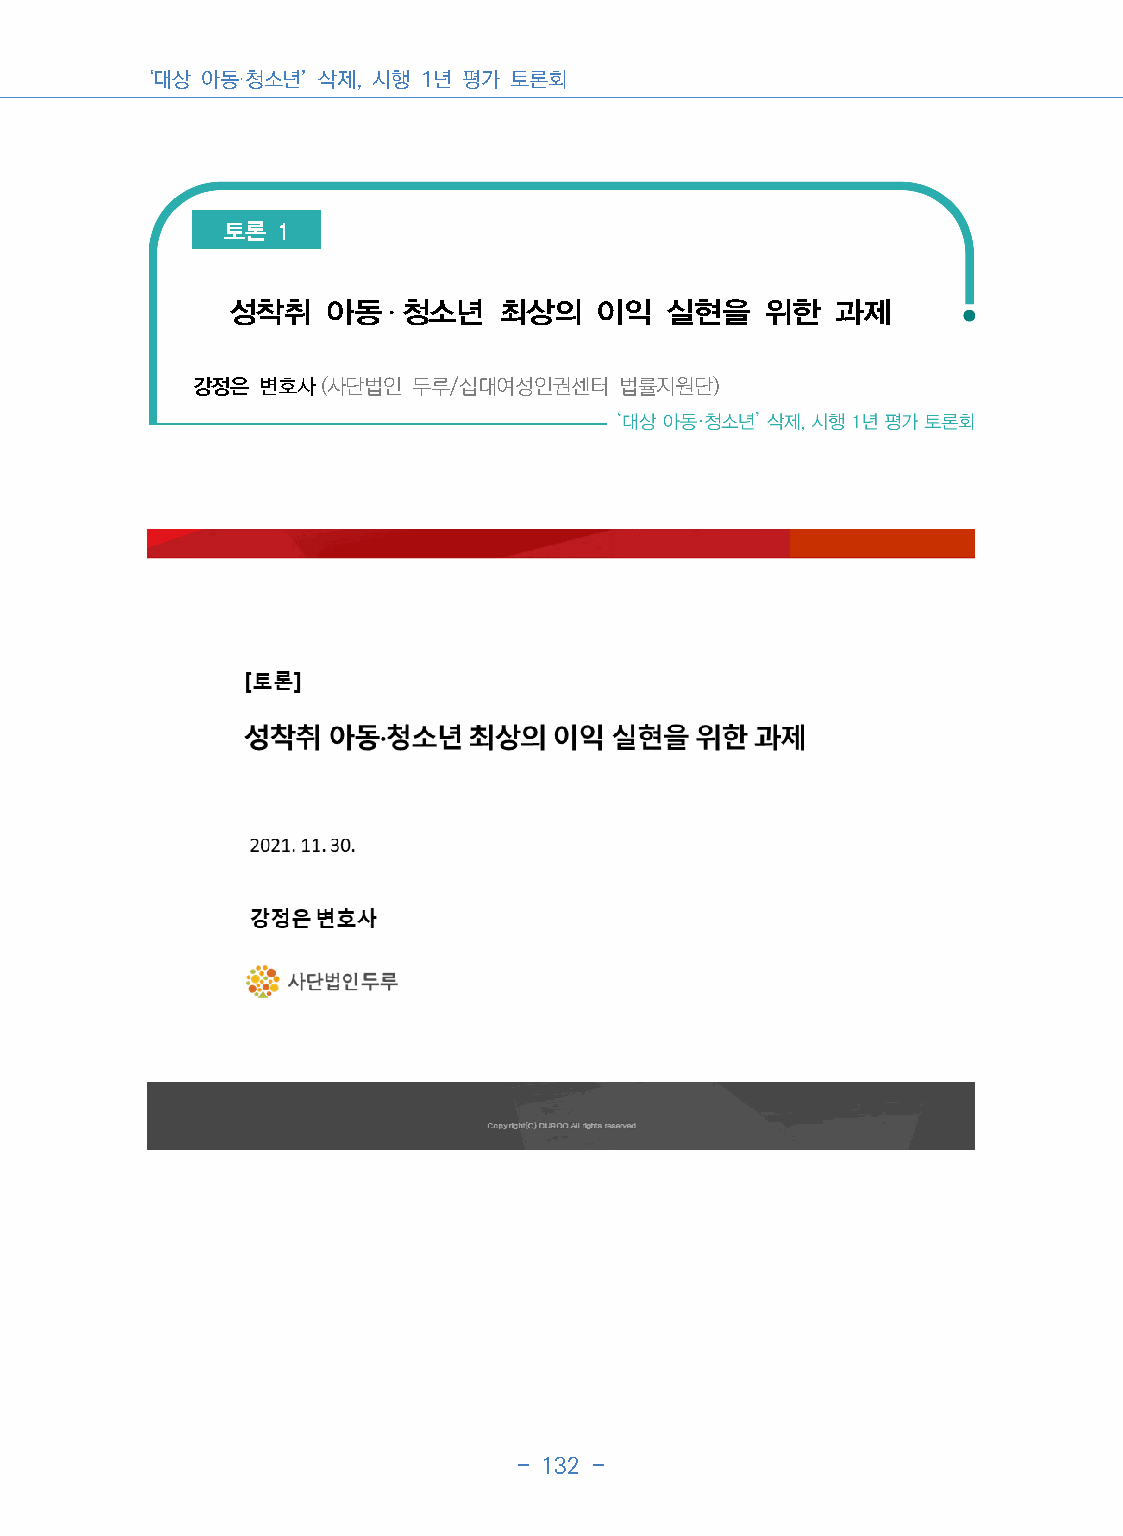
‘대상 아동·청소년’ 삭제, 시행 1년 평가 토론회
 토론  1
 성착취    아동  ․ 청소년  최상의    이익  실현을    위한  과제
 강정은 변호사(사단법인   두루/십대여성인권센터  법률지원단)
 - 132 -